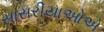
સાસરીયાઓએ